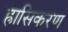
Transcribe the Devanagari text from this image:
ह्रासिकरण